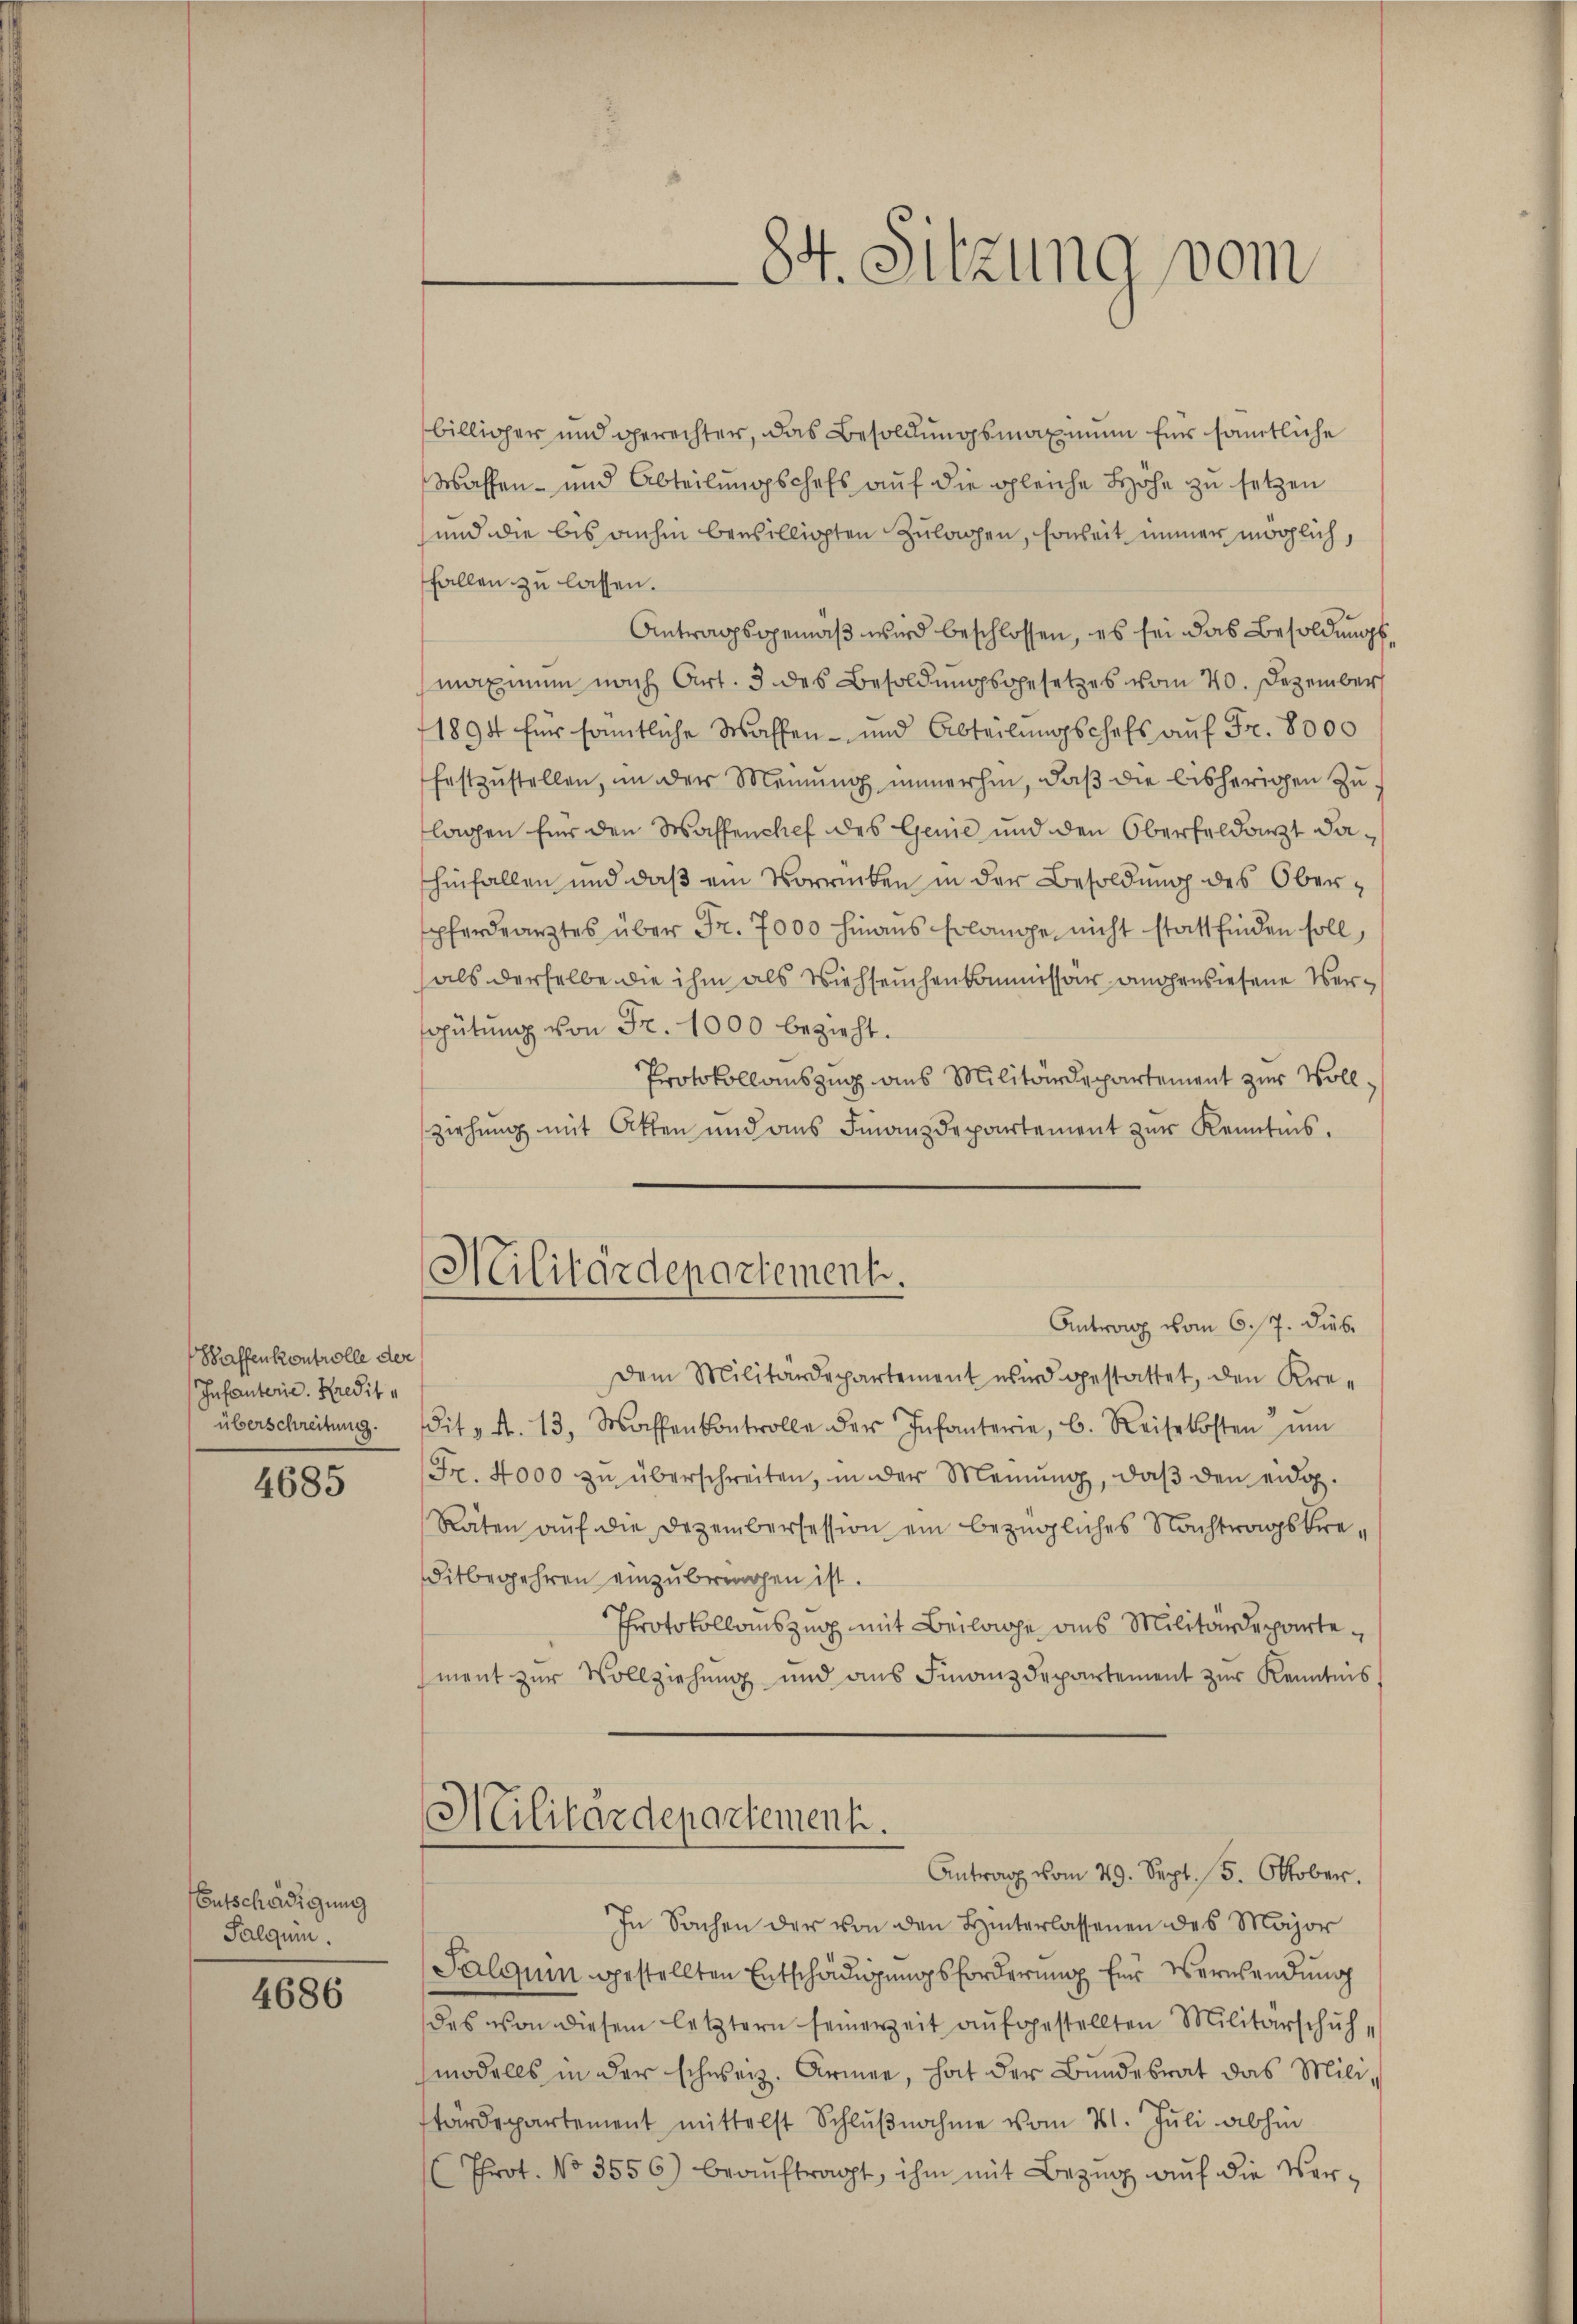
Braffenkontrolle der
Infanterie. Kredit a

4685

Entschädigung
Palqum.

4686

Militärdepartement.

84. Sitzung vom

billiger und gerechter, das Besoldungsmaximum für sämtliche
Waffen- und Abteilungschefs auf die gleiche Höhe zu setzen
und die bis anhin bewilligten Zulagen, soweit immer möglich,
fallen zu lassen.
Antragsgemäβ wird beschlossen, es sei das Besoldungsmaximum nach Art. 3 des Besoldungsgesetzes vom 20. Dezember
1894 für sämmtliche Waffen- und Abteilungschefs auf Fr. 8000
festzŭstellen, in der Meinŭng immerhin, daβ die bisherigen Zulagen für den Waffenchef des Genie und den Oberfeldarzt dahinfallen und daß ein Vorrücken in der Besoldung des Oberspferdearztes über Fr. 7000 hinaus Erlange nicht stattfinden soll,
als derselbe die ihm als Viehseuchenkommissär angewiesene Vergütŭng von Fr. 1000 bezieht.
Protokollauszug aus Militärdepartement zur Vollziehung mit Atten und ans Finanzdepartement zur Kenntnis.
Antrag vom 6. 17. Dieb.
Dem Militärdepartement wird gestattet, den Kre-
überschreitung. dit v. A. 13, Waffenkontrolle der Infanterie, C. Reisekosten ŭm
Fr. 4000 zŭ überschreiten, in der Meinŭng, daβ den eidg.
Räten aŭf die Dezembersession ein bezügliches Nachtragskre-
itbegehren einzubringen ist.
Protokollauszug mit Beilage aus Militärdepartement zur Vollziehung und aus Finanzdepartement zur Kenntnis,
Militärdepartement.
Antrag vom 29. Sept. 15. Oktober.
In Sachen der von den Hinterlassenen des Major
Palquin gestellten Entschädigŭngsforderung für Verwendung
des von diesem letztern seinerzeit aufgestellten Militärschuhmodells in der schweiz. Armee, hat der Bundesrat das Militärdepartement mittelst Schlŭβnahme vom 21. Juli abhin
Prot. No 3556) beaŭftragt, ihm mit Bezŭg aŭf die Ver¬